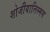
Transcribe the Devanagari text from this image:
शोजीयालिस्मस